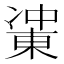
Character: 𰄋